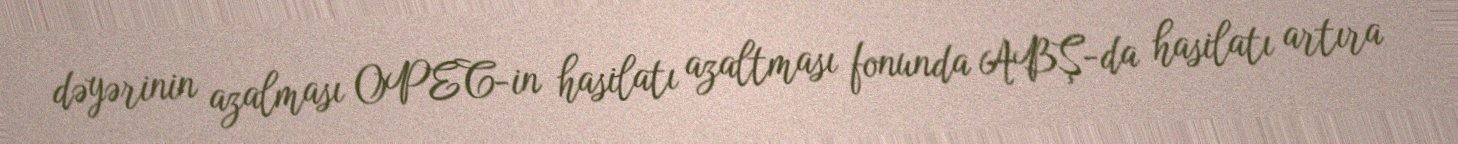
dəyərinin azalması OPEC-in hasilatı azaltması fonunda ABŞ-da hasilatı artıra